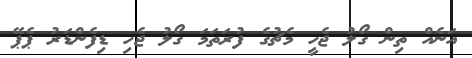
އަނެއް ތިން ގޯލު ޖެހީ މެޗުގެ ފުރަތަމަ ގޯލު ޖެހި ޑިފެންޑަރު ޕެޕޭ